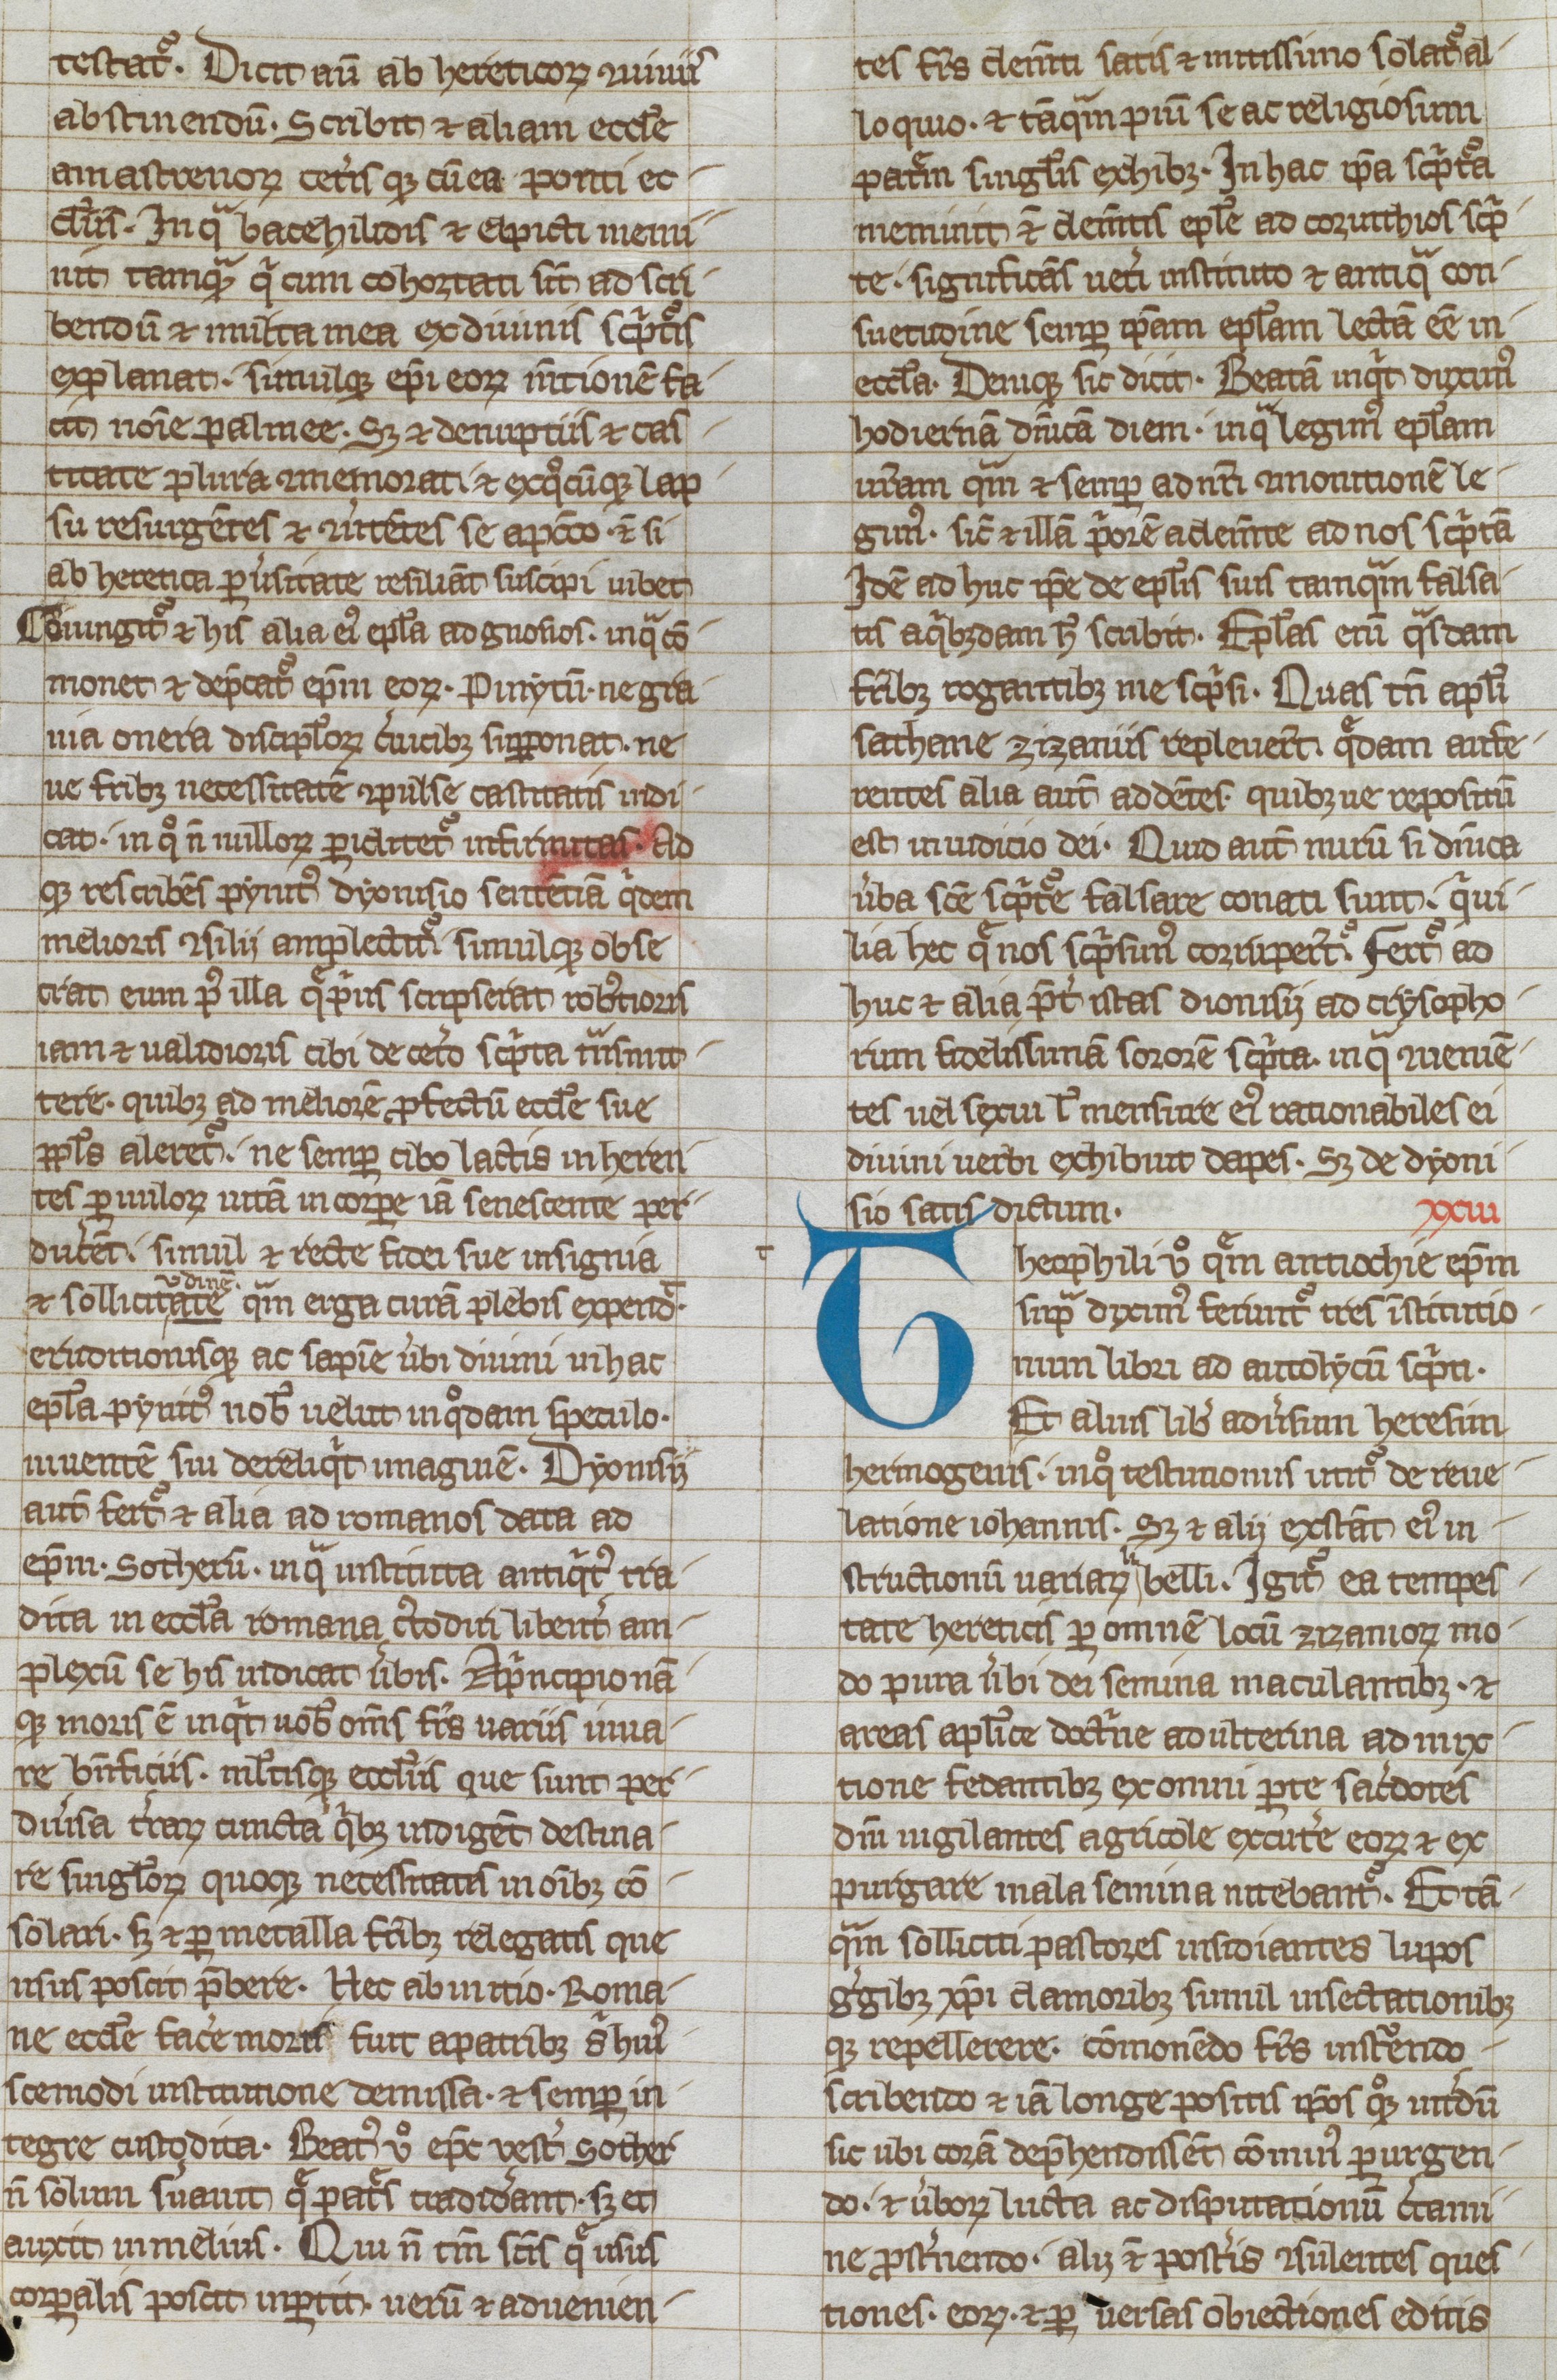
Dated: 1250–1299